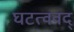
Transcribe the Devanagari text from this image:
घटत्ववद्